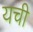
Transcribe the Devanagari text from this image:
यची